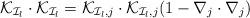
LaTeX: \begin{align*} \mathcal{K}_{\mathcal{I}_l}\cdot\mathcal{K}_{\mathcal{I}_l}=\mathcal{K}_{\mathcal{I}_l,j}\cdot\mathcal{K}_{\mathcal{I}_l,j}(1-\nabla_j\cdot\nabla_j) \end{align*}